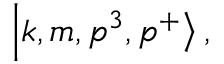
\left| k , m , p ^ { 3 } , p ^ { + } \right> ,